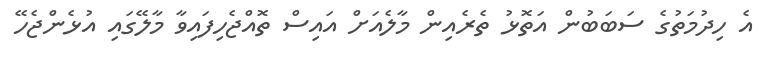
އެ ހިދުމަތުގެ ސަބަބުން އަތޮޅު ތެރެއިން މާލެއަށް އައިސް ތޮއްޖެހިފައިވާ މާލޭގައި އުޅެންޖެހޭ